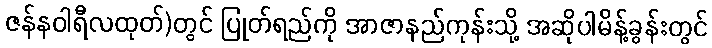
ဇန်နဝါရီလထုတ်)တွင် ပြုတ်ရည်ကို အာဇာနည်ကုန်းသို့ အဆိုပါမိန့်ခွန်းတွင်